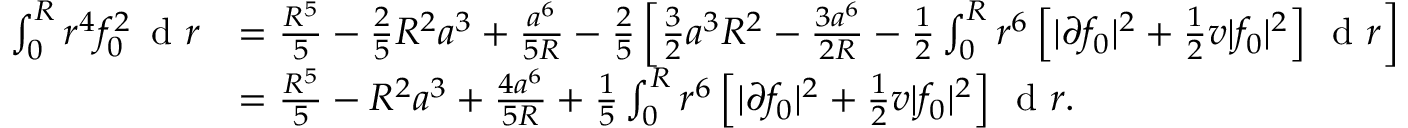
\begin{array} { r l } { \int _ { 0 } ^ { R } r ^ { 4 } f _ { 0 } ^ { 2 } \, \textnormal { d } r } & { = \frac { R ^ { 5 } } { 5 } - \frac { 2 } { 5 } R ^ { 2 } a ^ { 3 } + \frac { a ^ { 6 } } { 5 R } - \frac { 2 } { 5 } \left[ \frac { 3 } { 2 } a ^ { 3 } R ^ { 2 } - \frac { 3 a ^ { 6 } } { 2 R } - \frac { 1 } { 2 } \int _ { 0 } ^ { R } r ^ { 6 } \left[ | \partial f _ { 0 } | ^ { 2 } + \frac { 1 } { 2 } v | f _ { 0 } | ^ { 2 } \right] \, \textnormal { d } r \right] } \\ & { = \frac { R ^ { 5 } } { 5 } - R ^ { 2 } a ^ { 3 } + \frac { 4 a ^ { 6 } } { 5 R } + \frac { 1 } { 5 } \int _ { 0 } ^ { R } r ^ { 6 } \left[ | \partial f _ { 0 } | ^ { 2 } + \frac { 1 } { 2 } v | f _ { 0 } | ^ { 2 } \right] \, \textnormal { d } r . } \end{array}